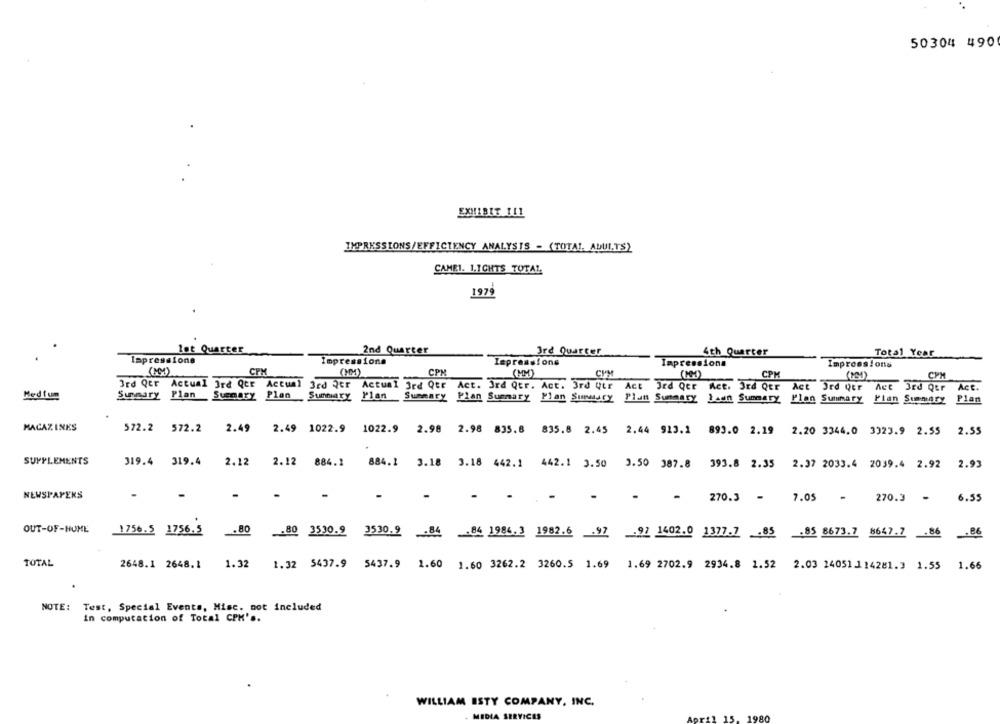
50304 490
EXHIBIT ILL
IMPRESSIONS/EFFICIENCY ANALYSTS - (TOTAL, ADULTS)
CAMEL. 1.ICHTS TOTAL
1979
let Quarter
2nd Quarter
3rd Quarter
4th Quarter
Total Year
Impressions
Impressions
Impressions
Impressions
Impressions
(MM)
CPM
(MM)
CPM
(MM)
CPM
CPM
( 10)
CPM
3rd Qer Actual 3rd Qer Actual 3rd Qtr Actual 3rd Qtr Act. 3rd Qtr. Act. 3rd Qtr Act
3rd Qer Act. 3rd Qur Act Ord Qer Act 3rd Qur Act.
Med fum
Summary Plan Summary Plan Summary Plan _Summary Plan Summary Plan Summary Platt Summary Jaun Summary Plan Summary Plan Summary Plan
MAGAZINES
572.2 572.2 2.49 2.49 1022.9 1022.9 2.98 2.98 835.8 835.8 2.45 2.44 913.1 893.0 2.19 2.20 3344.0 3923.9 2.55
2.55
SUPPLEMENTS
319.4 319.4
2.12
2.12
884.1
884.1
3.18 3.18 442.1 442.1 3.50 3.50 387.8 393.8 2.35 2.37 2033.4 2039.4 2.92
2.93
NEWSPAPERS
-
- - 270.3 - 7.05 - 270.3 -
6.55
OUT-OF-HUME
1756.5 1756.5
.80
.80
3530.9
35309 84 84 19863 1982.6 97 91 14020 13777 85 ,85 8673.7 8647.7 .86
.86
TOTAL
2648.1 2648.1
1.32
1.32 5437.9
5437.9 1.60 1.60 3262.2 3260.5 1.69 1.69 2702.9 2934.8 1.52 2.03 24051 114281.3 1.55 1.66
NOTE: Test, Special Events, Misc. not included
in computation of Total CPH's.
WILLIAM ISTY COMPANY, INC.
MEDIA SERVICES